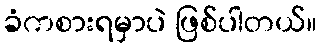
ခံကစားရမှာပဲ ဖြစ်ပါတယ်။